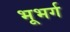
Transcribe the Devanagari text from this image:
भूभर्ग